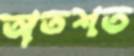
অতশত